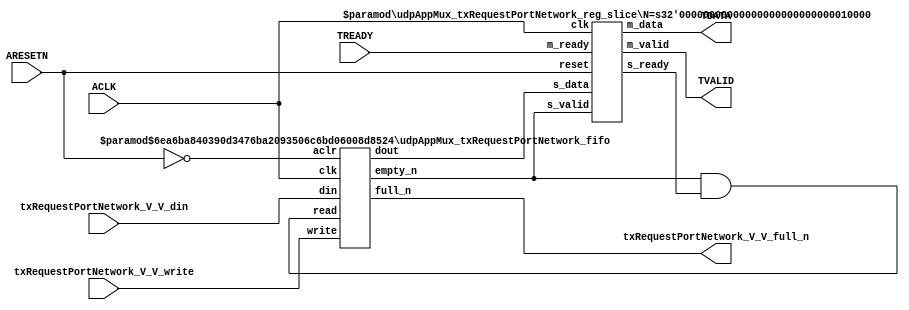
// This program was cloned from: https://github.com/mustafabbas/ECE1373_2016_hft_on_fpga
// License: MIT License

// ==============================================================
// File generated by Vivado(TM) HLS - High-Level Synthesis from C, C++ and SystemC
// Version: 2016.3
// Copyright (C) 1986-2016 Xilinx, Inc. All Rights Reserved.
// 
// ==============================================================


`timescale 1ns/1ps

module udpAppMux_txRequestPortNetwork_if (
    // AXI4-Stream singals
    input  wire        ACLK,
    input  wire        ARESETN,
    output wire        TVALID,
    input  wire        TREADY,
    output wire [15:0] TDATA,
    // User signals
    input  wire [15:0] txRequestPortNetwork_V_V_din,
    output wire        txRequestPortNetwork_V_V_full_n,
    input  wire        txRequestPortNetwork_V_V_write
);
//------------------------Local signal-------------------
// FIFO
wire [0:0]  fifo_read;
wire [0:0]  fifo_empty_n;
wire [15:0] txRequestPortNetwork_V_V_dout;
wire [0:0]  txRequestPortNetwork_V_V_empty_n;
// register slice
wire [0:0]  s_valid;
wire [0:0]  s_ready;
wire [15:0] s_data;
wire [0:0]  m_valid;
wire [0:0]  m_ready;
wire [15:0] m_data;

//------------------------Instantiation------------------
// rs
udpAppMux_txRequestPortNetwork_reg_slice #(
    .N       ( 16 )
) rs (
    .clk     ( ACLK ),
    .reset   ( ARESETN ),
    .s_data  ( s_data ),
    .s_valid ( s_valid ),
    .s_ready ( s_ready ),
    .m_data  ( m_data ),
    .m_valid ( m_valid ),
    .m_ready ( m_ready )
);

// txRequestPortNetwork_V_V_fifo
udpAppMux_txRequestPortNetwork_fifo #(
    .DATA_BITS  ( 16 ),
    .DEPTH_BITS ( 4 )
) txRequestPortNetwork_V_V_fifo (
    .clk        ( ACLK ),
    .aclr       ( ~ARESETN ),
    .empty_n    ( txRequestPortNetwork_V_V_empty_n ),
    .full_n     ( txRequestPortNetwork_V_V_full_n ),
    .read       ( fifo_read ),
    .write      ( txRequestPortNetwork_V_V_write ),
    .dout       ( txRequestPortNetwork_V_V_dout ),
    .din        ( txRequestPortNetwork_V_V_din )
);

//------------------------Body---------------------------
//++++++++++++++++++++++++AXI4-Stream++++++++++++++++++++
assign TVALID = m_valid;
assign TDATA  = m_data[15:0];

//+++++++++++++++++++++++++++++++++++++++++++++++++++++++

//++++++++++++++++++++++++Reigister Slice++++++++++++++++
assign s_valid = fifo_empty_n;
assign m_ready = TREADY;
assign s_data  = {txRequestPortNetwork_V_V_dout};

//+++++++++++++++++++++++++++++++++++++++++++++++++++++++

//++++++++++++++++++++++++FIFO+++++++++++++++++++++++++++
assign fifo_read    = fifo_empty_n & s_ready;
assign fifo_empty_n = txRequestPortNetwork_V_V_empty_n;

//+++++++++++++++++++++++++++++++++++++++++++++++++++++++

endmodule



`timescale 1ns/1ps

module udpAppMux_txRequestPortNetwork_fifo
#(parameter
    DATA_BITS  = 8,
    DEPTH_BITS = 4
)(
    input  wire                 clk,
    input  wire                 aclr,
    output wire                 empty_n,
    output wire                 full_n,
    input  wire                 read,
    input  wire                 write,
    output wire [DATA_BITS-1:0] dout,
    input  wire [DATA_BITS-1:0] din
);
//------------------------Parameter----------------------
localparam
    DEPTH = 1 << DEPTH_BITS;
//------------------------Local signal-------------------
reg                   empty;
reg                   full;
reg  [DEPTH_BITS-1:0] index;
reg  [DATA_BITS-1:0]  mem[0:DEPTH-1];
//------------------------Body---------------------------
assign empty_n = ~empty;
assign full_n  = ~full;
assign dout    = mem[index];

// empty
always @(posedge clk or posedge aclr) begin
    if (aclr)
        empty <= 1'b1;
    else if (empty & write & ~read)
        empty <= 1'b0;
    else if (~empty & ~write & read & (index==1'b0))
        empty <= 1'b1;
end

// full
always @(posedge clk or posedge aclr) begin
    if (aclr)
        full <= 1'b0;
    else if (full & read & ~write)
        full <= 1'b0;
    else if (~full & ~read & write & (index==DEPTH-2'd2))
        full <= 1'b1;
end

// index
always @(posedge clk or posedge aclr) begin
    if (aclr)
        index <= {DEPTH_BITS{1'b1}};
    else if (~empty & ~write & read)
        index <= index - 1'b1;
    else if (~full & ~read & write)
        index <= index + 1'b1;
end

// mem
always @(posedge clk) begin
    if (~full & write) mem[0] <= din;
end

genvar i;
generate
    for (i = 1; i < DEPTH; i = i + 1) begin : gen_sr
        always @(posedge clk) begin
            if (~full & write) mem[i] <= mem[i-1];
        end
    end
endgenerate

endmodule

`timescale 1ns/1ps

module udpAppMux_txRequestPortNetwork_reg_slice
#(parameter
    N = 8   // data width
) (
    // system signals
    input  wire         clk,
    input  wire         reset,
    // slave side
    input  wire [N-1:0] s_data,
    input  wire         s_valid,
    output wire         s_ready,
    // master side
    output wire [N-1:0] m_data,
    output wire         m_valid,
    input  wire         m_ready
);
//------------------------Parameter----------------------
// state
localparam [1:0]
    ZERO = 2'b10,
    ONE  = 2'b11,
    TWO  = 2'b01;
//------------------------Local signal-------------------
reg  [N-1:0] data_p1;
reg  [N-1:0] data_p2;
wire         load_p1;
wire         load_p2;
wire         load_p1_from_p2;
reg          s_ready_t;
reg  [1:0]   state;
reg  [1:0]   next;
//------------------------Body---------------------------
assign s_ready = s_ready_t;
assign m_data  = data_p1;
assign m_valid = state[0];

assign load_p1 = (state == ZERO && s_valid) ||
                 (state == ONE && s_valid && m_ready) ||
                 (state == TWO && m_ready);
assign load_p2 = s_valid & s_ready;
assign load_p1_from_p2 = (state == TWO);

// data_p1
always @(posedge clk) begin
    if (load_p1) begin
        if (load_p1_from_p2)
            data_p1 <= data_p2;
        else
            data_p1 <= s_data;
    end
end

// data_p2
always @(posedge clk) begin
    if (load_p2) data_p2 <= s_data;
end

// s_ready_t
always @(posedge clk) begin
    if (~reset)
        s_ready_t <= 1'b0;
    else if (state == ZERO)
        s_ready_t <= 1'b1;
    else if (state == ONE && next == TWO)
        s_ready_t <= 1'b0;
    else if (state == TWO && next == ONE)
        s_ready_t <= 1'b1;
end

// state
always @(posedge clk) begin
    if (~reset)
        state <= ZERO;
    else
        state <= next;
end

// next
always @(*) begin
    case (state)
        ZERO:
            if (s_valid & s_ready)
                next = ONE;
            else
                next = ZERO;
        ONE:
            if (~s_valid & m_ready)
                next = ZERO;
            else if (s_valid & ~m_ready)
                next = TWO;
            else
                next = ONE;
        TWO:
            if (m_ready)
                next = ONE;
            else
                next = TWO;
        default:
            next = ZERO;
    endcase
end

endmodule